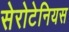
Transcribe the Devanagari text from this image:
सेरोटेनियस